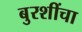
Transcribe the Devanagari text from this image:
बुरशींचा